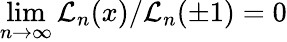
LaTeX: \operatorname*{lim}_{n\rightarrow\infty}{\cal L}_{n}(x)/{\cal L}_{n}(\pm 1)=0